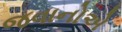
જવાનોએ